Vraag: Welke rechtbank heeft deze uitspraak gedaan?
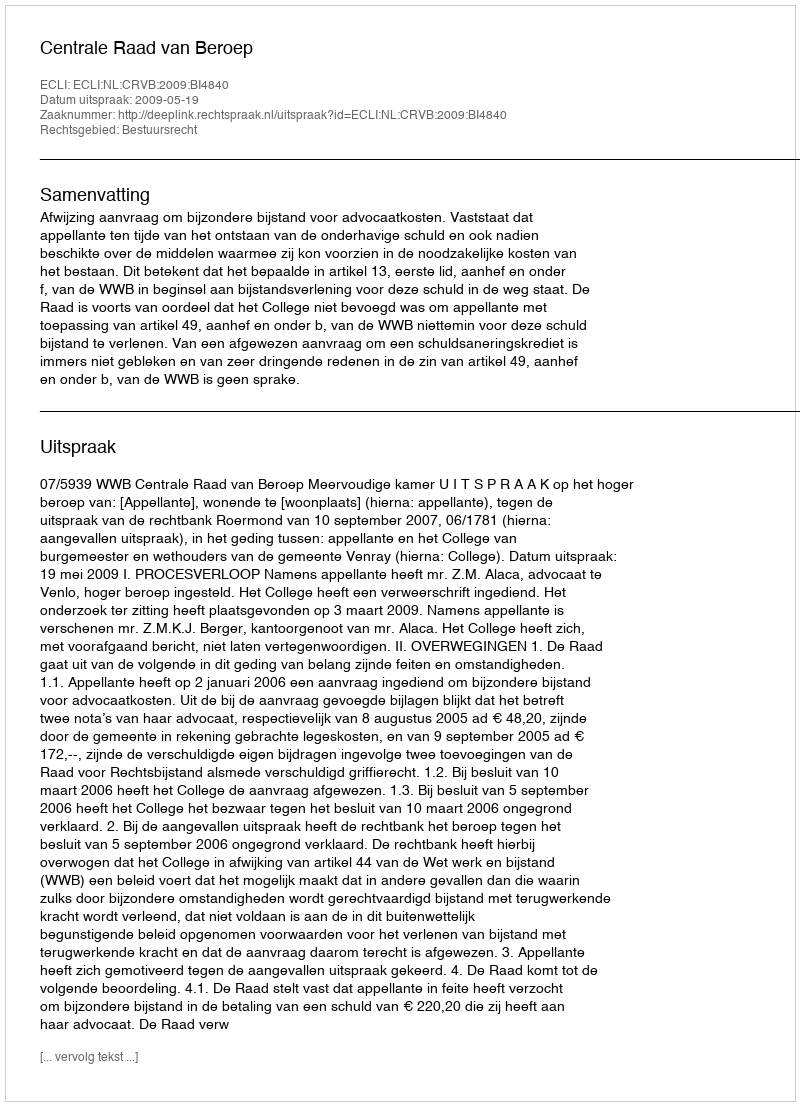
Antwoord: Centrale Raad van Beroep